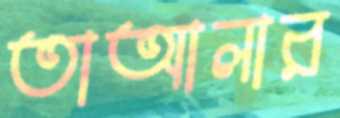
তাআলার